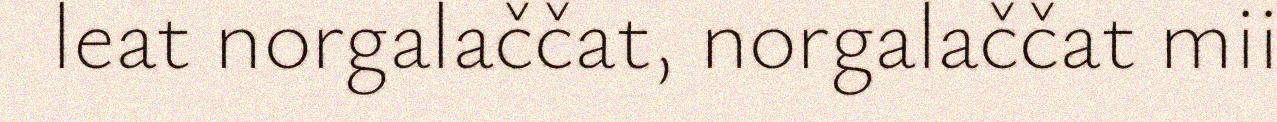
leat norgalaččat, norgalaččat mii